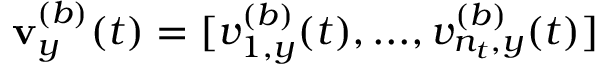
\mathbf v _ { y } ^ { ( b ) } ( t ) = [ v _ { 1 , y } ^ { ( b ) } ( t ) , . . . , v _ { n _ { t } , y } ^ { ( b ) } ( t ) ]